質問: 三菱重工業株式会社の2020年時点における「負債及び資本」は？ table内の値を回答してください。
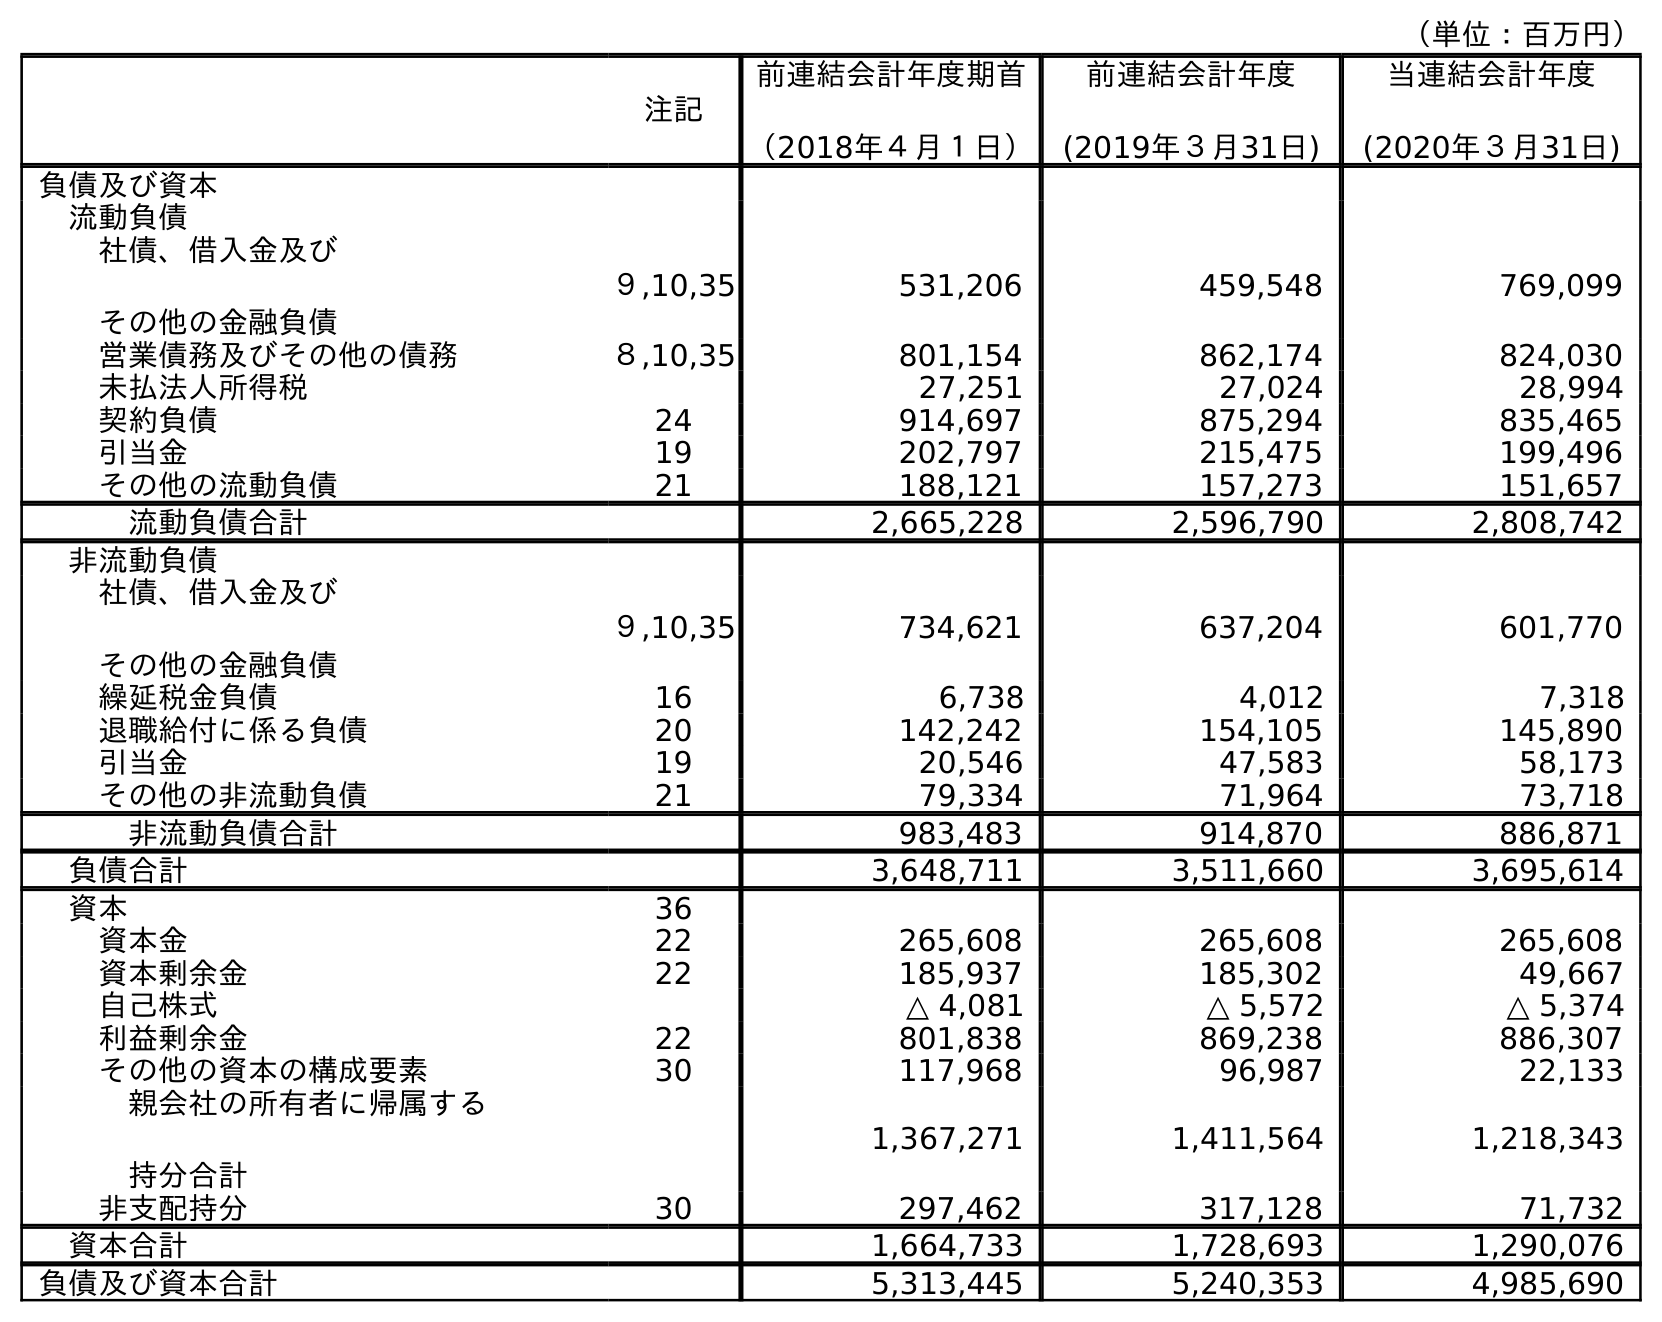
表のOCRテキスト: （単位：百万円） 注記 前連結会計年度期首 （2018年４月１日） 前連結会計年度 (2019年３月31日) 当連結会計年度 (2020年３月31日) 負債及び資本 流動負債 社債、借入金及び その他の金融負債 ９,10,35 531,206 459,548 769,099 営業債務及びその他の債務 ８,10,35 801,154 862,174 824,030 未払法人所得税 27,251 27,024 28,994 契約負債 24 914,697 875,294 835,465 引当金 19 202,797 215,475 199,496 その他の流動負債 21 188,121 157,273 151,657 流動負債合計 2,665,228 2,596,790 2,808,742 非流動負債 社債、借入金及び その他の金融負債 ９,10,35 734,621 637,204 601,770 繰延税金負債 16 6,738 4,012 7,318 退職給付に係る負債 20 142,242 154,105 145,890 引当金 19 20,546 47,583 58,173 その他の非流動負債 21 79,334 71,964 73,718 非流動負債合計 983,483 914,870 886,871 負債合計 3,648,711 3,511,660 3,695,614 資本 36 資本金 22 265,608 265,608 265,608 資本剰余金 22 185,937 185,302 49,667 自己株式 △ 4,081 △ 5,572 △ 5,374 利益剰余金 22 801,838 869,238 886,307 その他の資本の構成要素 30 117,968 96,987 22,133 親会社の所有者に帰属する 持分合計 1,367,271 1,411,564 1,218,343 非支配持分 30 297,462 317,128 71,732 資本合計 1,664,733 1,728,693 1,290,076 負債及び資本合計 5,313,445 5,240,353 4,985,690
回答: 4,985,690